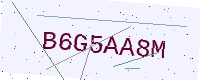
Text: B6G5AA8M